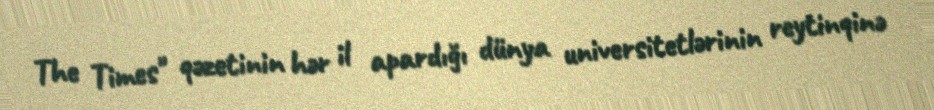
The Times" qəzetinin hər il apardığı dünya universitetlərinin reytinqinə